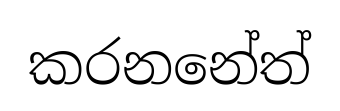
කරනනේත්